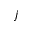
j